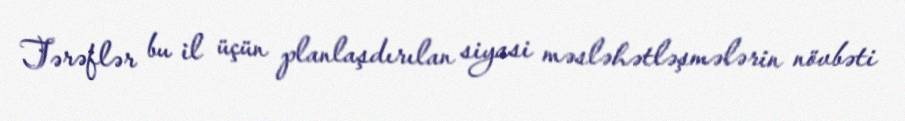
Tərəflər bu il üçün planlaşdırılan siyasi məsləhətləşmələrin növbəti